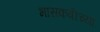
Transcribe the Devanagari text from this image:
भासकवीच्या